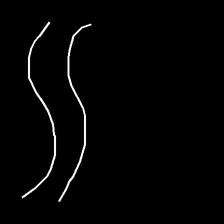
Glyph: float